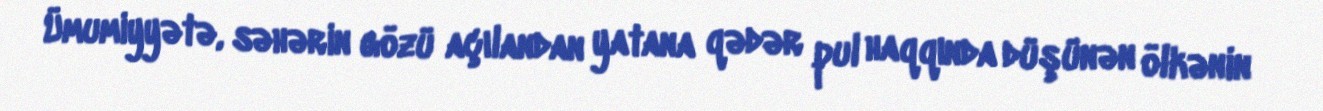
Ümumiyyətə, səhərin gözü açılandan yatana qədər pul haqqında düşünən ölkənin